Report of an investigation of the epidemic of malarial fever in Assam, or, kala-azar
Disease focus: Malaria
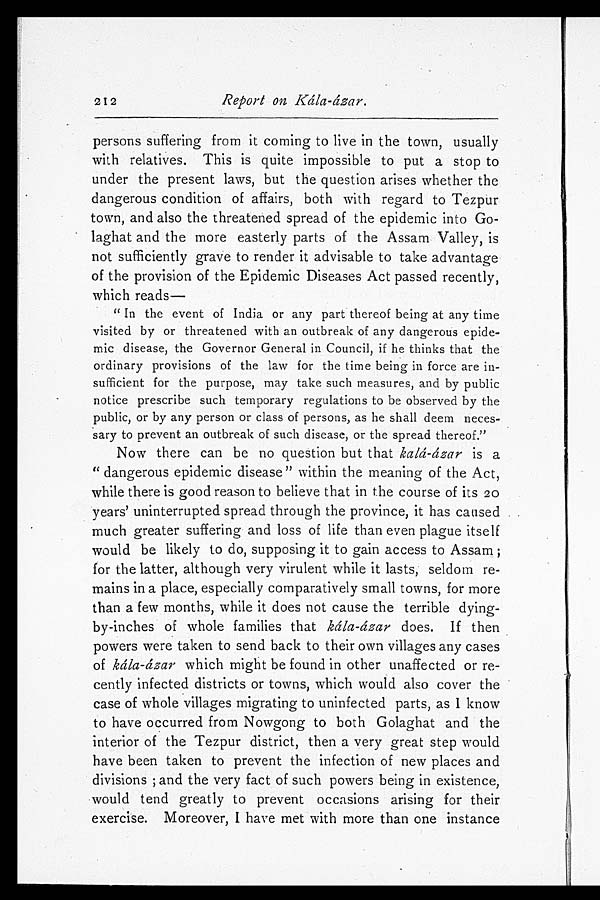
212
Report on Kála-ázar.
persons suffering from it coming to live in the town, usually
with relatives. This is quite impossible to put a stop to
under the present laws, but the question arises whether the
dangerous condition of affairs, both with regard to Tezpur
town, and also the threatened spread of the epidemic into Go-
laghat and the more easterly parts of the Assam Valley, is
not sufficiently grave to render it advisable to take advantage
of the provision of the Epidemic Diseases Act passed recently,
which reads
—
" In the event of India or any part thereof being at any time
visited by or threatened with an outbreak of any dangerous epide-
mic disease, the Governor General in Council, if he thinks that the
ordinary provisions of the law for the time being in force are in-
sufficient for the purpose, may take such measures, and by public
notice prescribe such temporary regulations to be observed by the
public, or by any person or class of persons, as he shall deem neces-
sary to prevent an outbreak of such disease, or the spread thereof."
Now there can be no question but that kalá-ázar is a
"dangerous epidemic disease" within the meaning of the Act,
while there is good reason to believe that in the course of its 20
years' uninterrupted spread through the province, it has caused
much greater suffering and loss of life than even plague itself
would be likely to do, supposing it to gain access to Assam;
for the latter, although very virulent while it lasts, seldom re-
mains in a place, especially comparatively small towns, for more
than a few months, while it does not cause the terrible dying-
by-inches of whole families that kála-ázar does. If then
powers were taken to send back to their own villages any cases
of kála-ázar which might be found in other unaffected or re-
cently infected districts or towns, which would also cover the
case of whole villages migrating to uninfected parts, as I know
to have occurred from Nowgong to both Golaghat and the
interior of the Tezpur district, then a very great step would
have been taken to prevent the infection of new places and
divisions; and the very fact of such powers being in existence,
would tend greatly to prevent occasions arising for their
exercise. Moreover, I have met with more than one instance